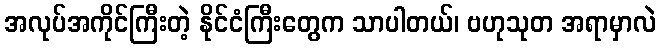
အလုပ်အကိုင်ကြီးတဲ့ နိုင်ငံကြီးတွေက သာပါတယ်၊ ဗဟုသုတ အရာမှာလဲ